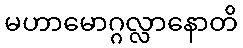
မဟာမောဂ္ဂလ္လာနောတိ